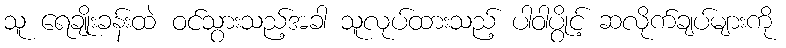
သူ ရေချိုးခန်းထဲ ဝင်သွားသည့်အခါ သူလုပ်ထားသည့် ပါဝါပွိုင့် ဆလိုက်ချပ်များကို